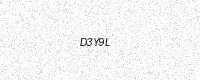
Text: D3Y9L